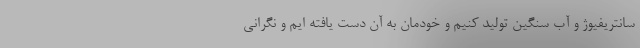
سانتریفیوژ و آب سنگین تولید کنیم و خودمان به آن دست یافته ایم و نگرانی